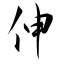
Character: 伸